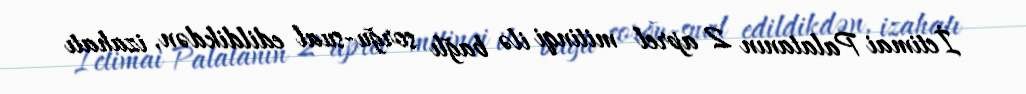
İctimai Palatanın 2 aprel mitinqi ilə bağlı sorğu-sual edildikdən, izahatı